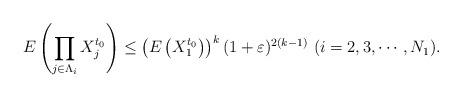
LaTeX: \begin{align*}E\left(\prod_{j \in \Lambda_i}X_j^{t_0}\right) \leq \left(E\left(X_1^{t_0}\right)\right)^k(1 + \varepsilon)^{2(k-1)} \ (i = 2, 3, \cdots, N_1).\end{align*}